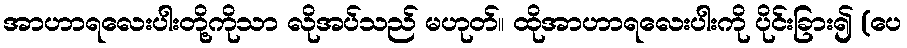
အာဟာရလေးပါးတို့ကိုသာ လိုအပ်သည် မဟုတ်။ ထိုအာဟာရလေးပါးကို ပိုင်းခြား၍ (ပေ